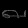
Digit: ၈